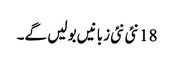
18 نئی نئی زبانیں بولیں گے۔